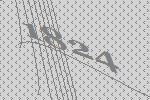
1824